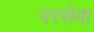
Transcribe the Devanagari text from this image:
परसेवा